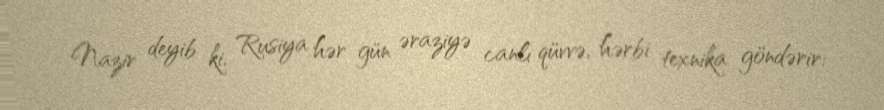
Nazir deyib ki, Rusiya hər gün əraziyə canlı qüvvə, hərbi texnika göndərir: